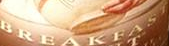
BREAKFAST